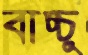
বাচ্চু